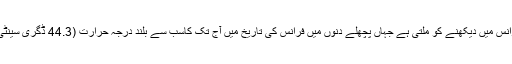
جس کی حالیہ مثال ہمیں فرانس میں دیکھنے کو ملتی ہے جہاں پچھلے دنوں میں فرانس کی تاریخ میں آج تک کاسب سے بلند درجہ حرارت (44.3 ڈگری سینٹی گریڈ) ریکارڈ کیا گیا ہے۔